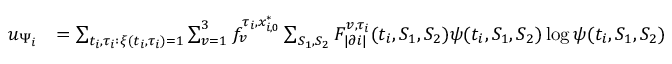
\begin{array} { r l } { u _ { \Psi _ { i } } } & { = \sum _ { t _ { i } , \tau _ { i } : \xi ( t _ { i } , \tau _ { i } ) = 1 } \sum _ { v = 1 } ^ { 3 } f _ { v } ^ { \tau _ { i } , x _ { i , 0 } ^ { * } } \sum _ { S _ { 1 } , S _ { 2 } } F _ { | \partial i | } ^ { v , \tau _ { i } } ( t _ { i } , S _ { 1 } , S _ { 2 } ) \psi ( t _ { i } , S _ { 1 } , S _ { 2 } ) \log \psi ( t _ { i } , S _ { 1 } , S _ { 2 } ) } \end{array}